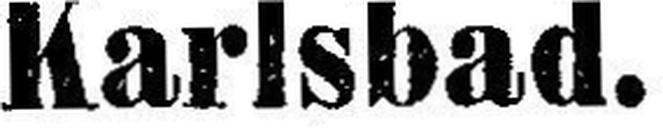
Karlsbad.